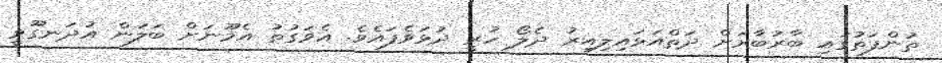
ތުންފަތުގައި ބާރުބާރަށް ދަތްއަޅައިލިއިރު ދެލޯ ހުރީ ދުޅަވެފައެވެ. އެވަގުތު އެމޫނަށް ބަލަން އުދަނގޫވީ